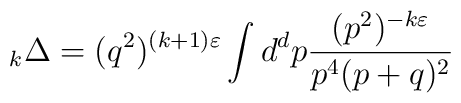
\mbox{}_k\Delta =	(q^2)^{(k+1)\varepsilon} \int d^d p \frac{(p^2)^{- k\varepsilon}}{p^4(p+q)^2}